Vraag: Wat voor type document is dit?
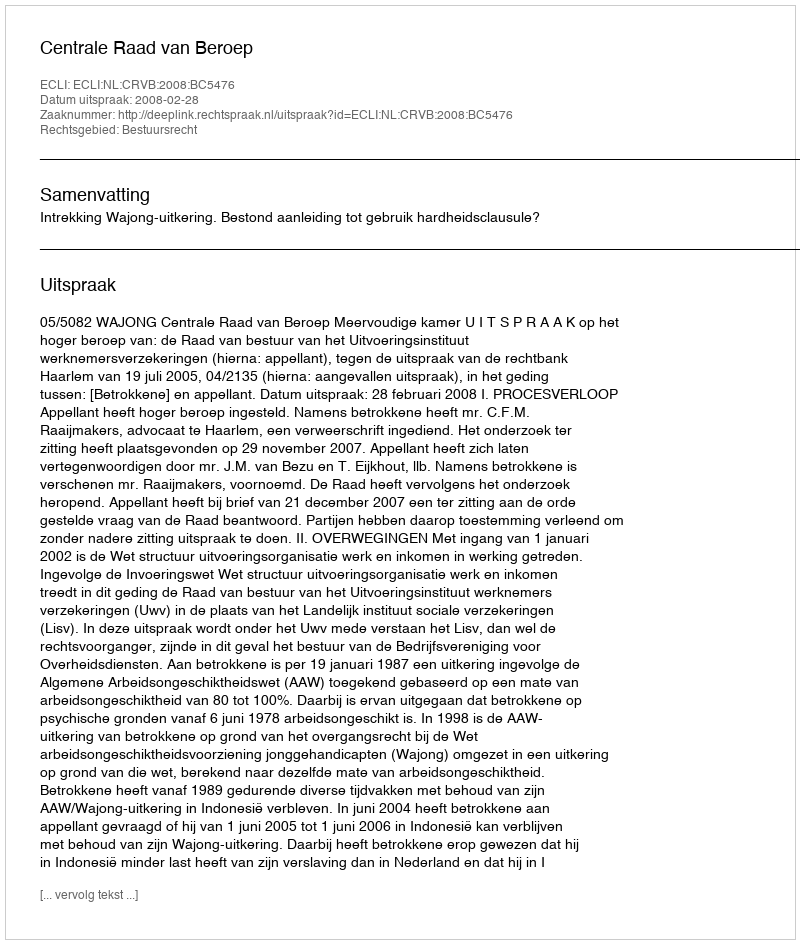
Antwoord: Uitspraak